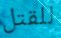
للقتل